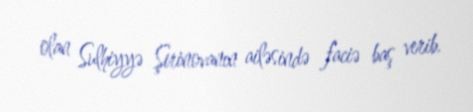
olan Sulhiyyə Şirinovanın ailəsində faciə baş verib.